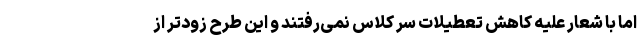
اما با شعار علیه کاهش تعطیلات سر کلاس نمی‌رفتند و این طرح زودتر از